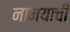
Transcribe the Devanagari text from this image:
नामयाची